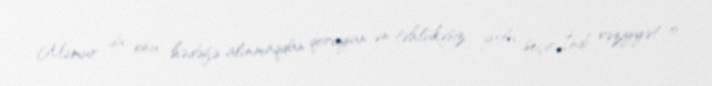
Məmur da onu hədəfə alınmaqdan qoruyan ən təhlükəsiz yolu seçir.İndi vəziyyət o